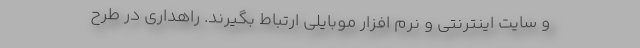
و سایت اینترنتی و نرم افزار موبایلی ارتباط بگیرند. راهداری در طرح